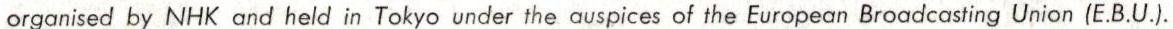
organised by NHK and held in Tokyo under the auspices of the European Broadcasting Union (E.B.U.).